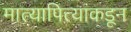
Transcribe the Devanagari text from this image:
मात्यापित्यांकडून